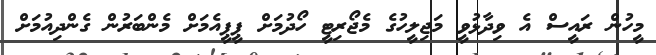
މީހުން ރައީސް އެ ވިދާޅުވީ މަޖިލީހުގެ މެޖޯރިޓީ ހޯދުމަށް ޕީޕީއެމަށް މެންބަރުން ގެންދިއުމަށް